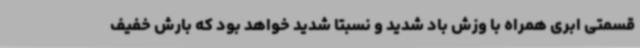
قسمتی ابری همراه با وزش باد شدید و نسبتاً شدید خواهد بود که بارش خفیف